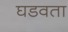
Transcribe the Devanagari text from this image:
घडवता